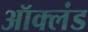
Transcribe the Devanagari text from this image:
ऑक्लंड